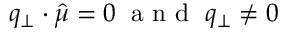
q _ { \perp } \cdot \hat { \mu } = 0 \; \mathrm { ~ a ~ n ~ d ~ } \; q _ { \perp } \neq 0